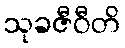
သုခဇီဝီတိ